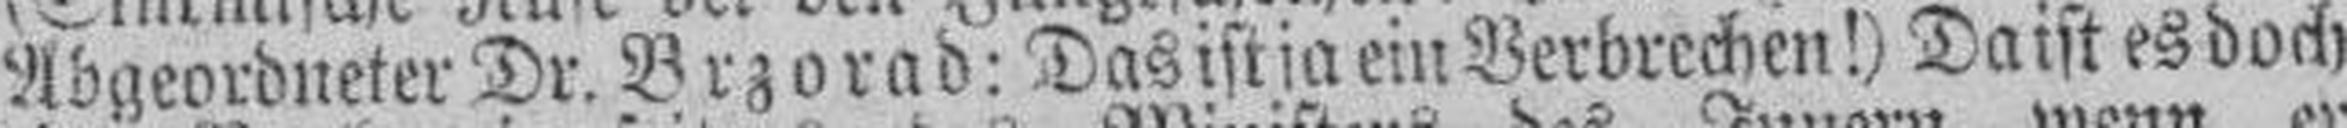
Abgeordneter Dr. Brzorad: Das ist ja ein Verbrechen!) Da ist es doch